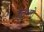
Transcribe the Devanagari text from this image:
जेलभरो